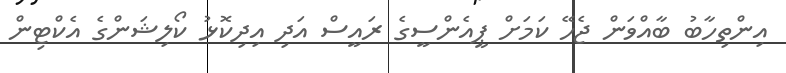
އިންތިހާބު ބާއްވަން ޖެހޭ ކަމަށް ޕީއެންސީގެ ރައީސް އަދި އިދިކޮޅު ކޯލިޝަންގެ އެކްޓިން